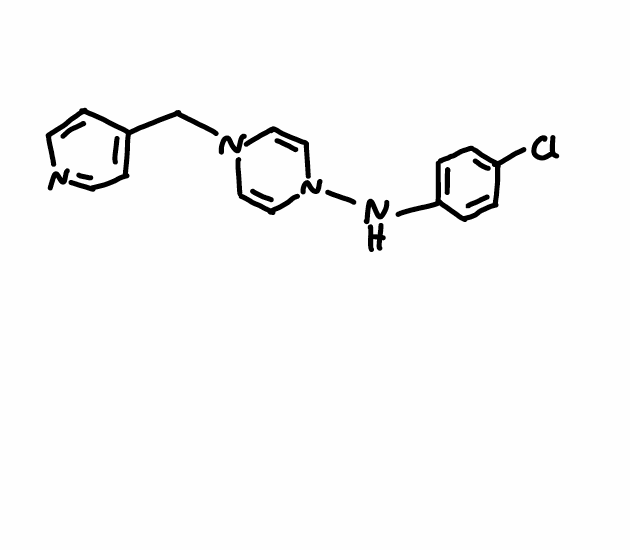
Simplified molecular-input line-entry system (SMILES) notation of the given molecule:
C1=CC(=CC=C1NN2C=CN(C=C2)CC3=CC=NC=C3)Cl